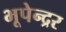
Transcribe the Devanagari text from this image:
भूपेन्‍द्रर